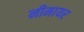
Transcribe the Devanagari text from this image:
नीमायर